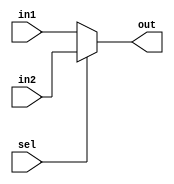
module mux_R_F (
    input wire  sel,
    input wire [4:0] in1,
    input wire [4:0] in2,
    output reg [4:0] out
);

    always @(*) 
        begin
            if(!sel)
                begin
                    out = in1;
                end
            else
                begin
                    out = in2;
                end
        end
    
endmodule